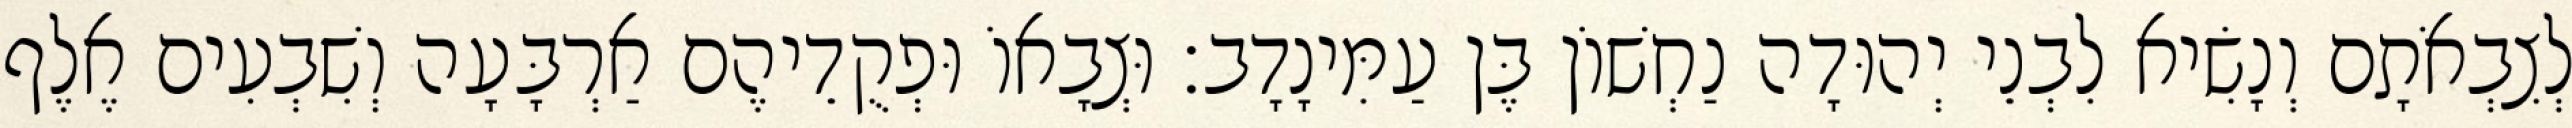
לְצִבְאֹתָם וְנָשִׂיא לִבְנֵי יְהוּדָה נַחְשׁוֹן בֶּן עַמִּינָדָב׃ וּצְבָאוֹ וּפְקֻדֵיהֶם אַרְבָּעָה וְשִׁבְעִים אֶלֶף